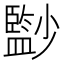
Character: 𡮼